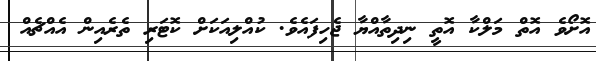
އޮށޯވެ އޮތް މަލްކާ އޮތީ ނިދިތާއްޔާ ޖެހިފައެވެ. ކުއްލިއަކަށް ކޮޓަރި ތެރެއިން އެއްޗެއް